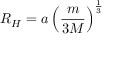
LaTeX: R _ { H } = a \left( { \frac { m } { 3 M } } \right) ^ { \frac { 1 } { 3 } }